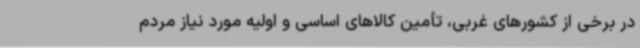
در برخی از کشورهای غربی، تأمین کالاهای اساسی و اولیه مورد نیاز مردم